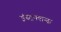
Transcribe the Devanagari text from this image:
इंस्ट्रक्शन्स